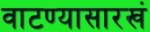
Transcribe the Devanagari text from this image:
वाटण्यासारखं